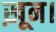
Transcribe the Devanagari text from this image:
ख़ून।